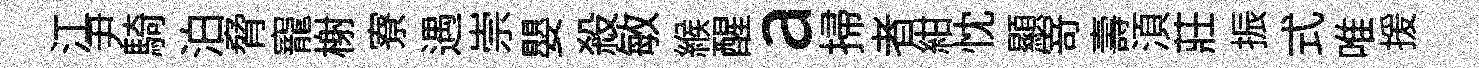
江尹騎泊脅寵榭寮遇崇嬰殺敏緱醒a掃者紺忱顯𭔃壽湏莊振式唯援